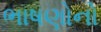
ભાષણોનો